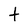
Character: t